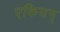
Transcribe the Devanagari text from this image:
एकियन्